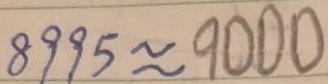
8 9 9 5 \approx 9 0 0 0